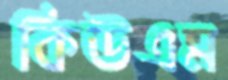
কিউএম